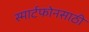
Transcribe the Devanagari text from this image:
स्मार्टफोनसाठी